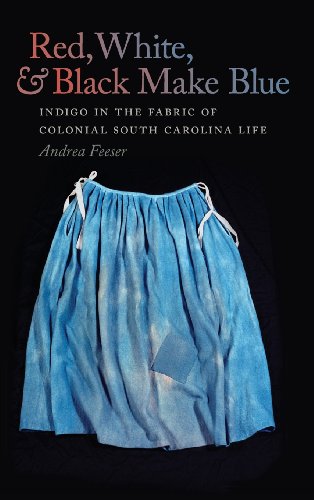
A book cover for Red, White, and Black Make Blue: Indigo in the Fabric of Colonial South Carolina Life; Andrea Feeser; Business & Money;